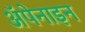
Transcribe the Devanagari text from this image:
ॲपेनाइन